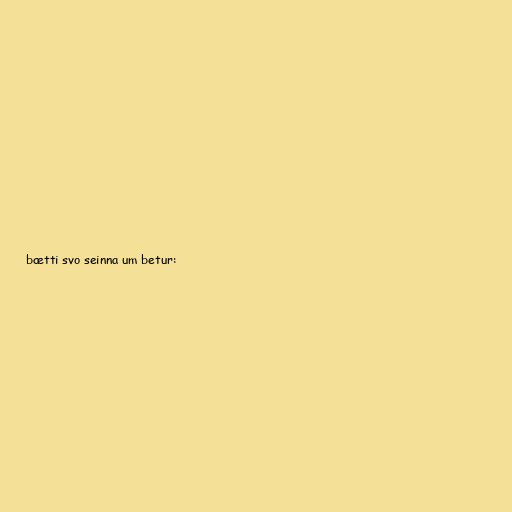
bætti svo seinna um betur: